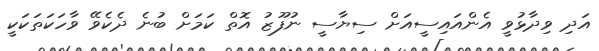
އަދި ވިދާޅުވީ އެންއައިސީއަށް ސިޔާސީ ނުފޫޒު އޮތް ކަމަށް ބުނެ ދެކެވޭ ވާހަކަތަކަކީ